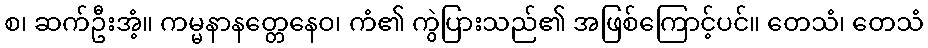
စ၊ ဆက်ဦးအံ့။ ကမ္မနာနတ္တေနေဝ၊ ကံ၏ ကွဲပြားသည်၏ အဖြစ်ကြောင့်ပင်။ တေသံ၊ တေသံ